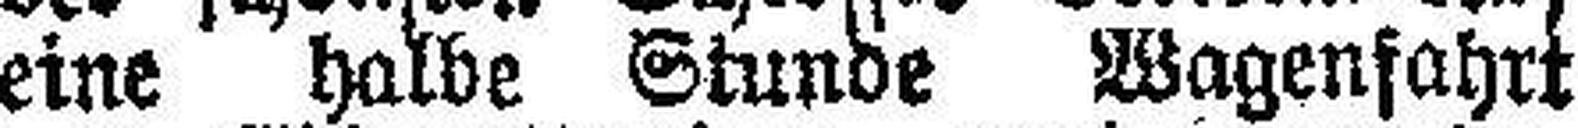
eine halbe Stunde Wagenfahrt